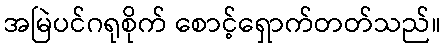
အမြဲပင်ဂရုစိုက် စောင့်ရှောက်တတ်သည်။